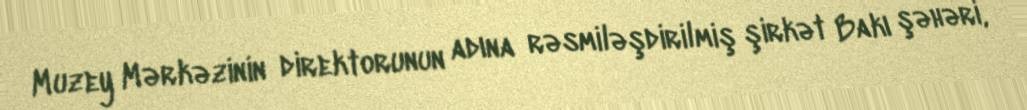
Muzey Mərkəzinin direktorunun adına rəsmiləşdirilmiş şirkət Bakı şəhəri,